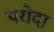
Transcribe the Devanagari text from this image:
परोदा